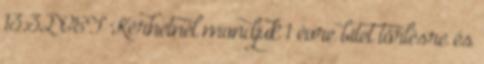
13:32 CET Kérhetnél mondjuk 1 évre bitet törlésre és